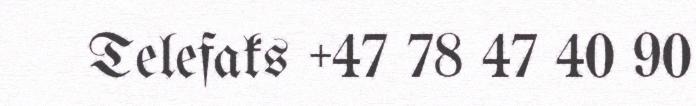
Telefaks +47 78 47 40 90